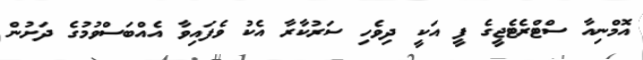
އޮމްނިއާ ސްޓްރެޓެޖީގެ ފީ އަކީ ދިވެހި ސަރުކާރާ އެކު ވެފައިވާ އެއްބަސްވުމުގެ ދަށުން